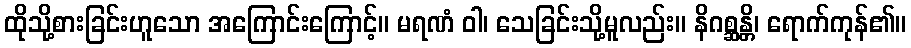
ထိုသို့စားခြင်းဟူသော အကြောင်းကြောင့်။ မရဏံ ဝါ၊ သေခြင်းသို့မူလည်း။ နိဂစ္ဆန္တိ၊ ရောက်ကုန်၏။